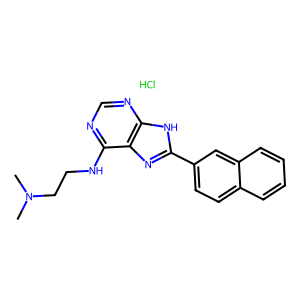
SMILES: CN(C)CCNc1ncnc2[nH]c(-c3ccc4ccccc4c3)nc12.Cl
Inhibits HIV replication: No